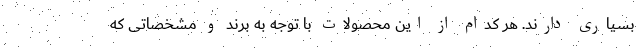
بسیاری دارند. هر کدام از این محصولات با توجه به برند و مشخصاتی که